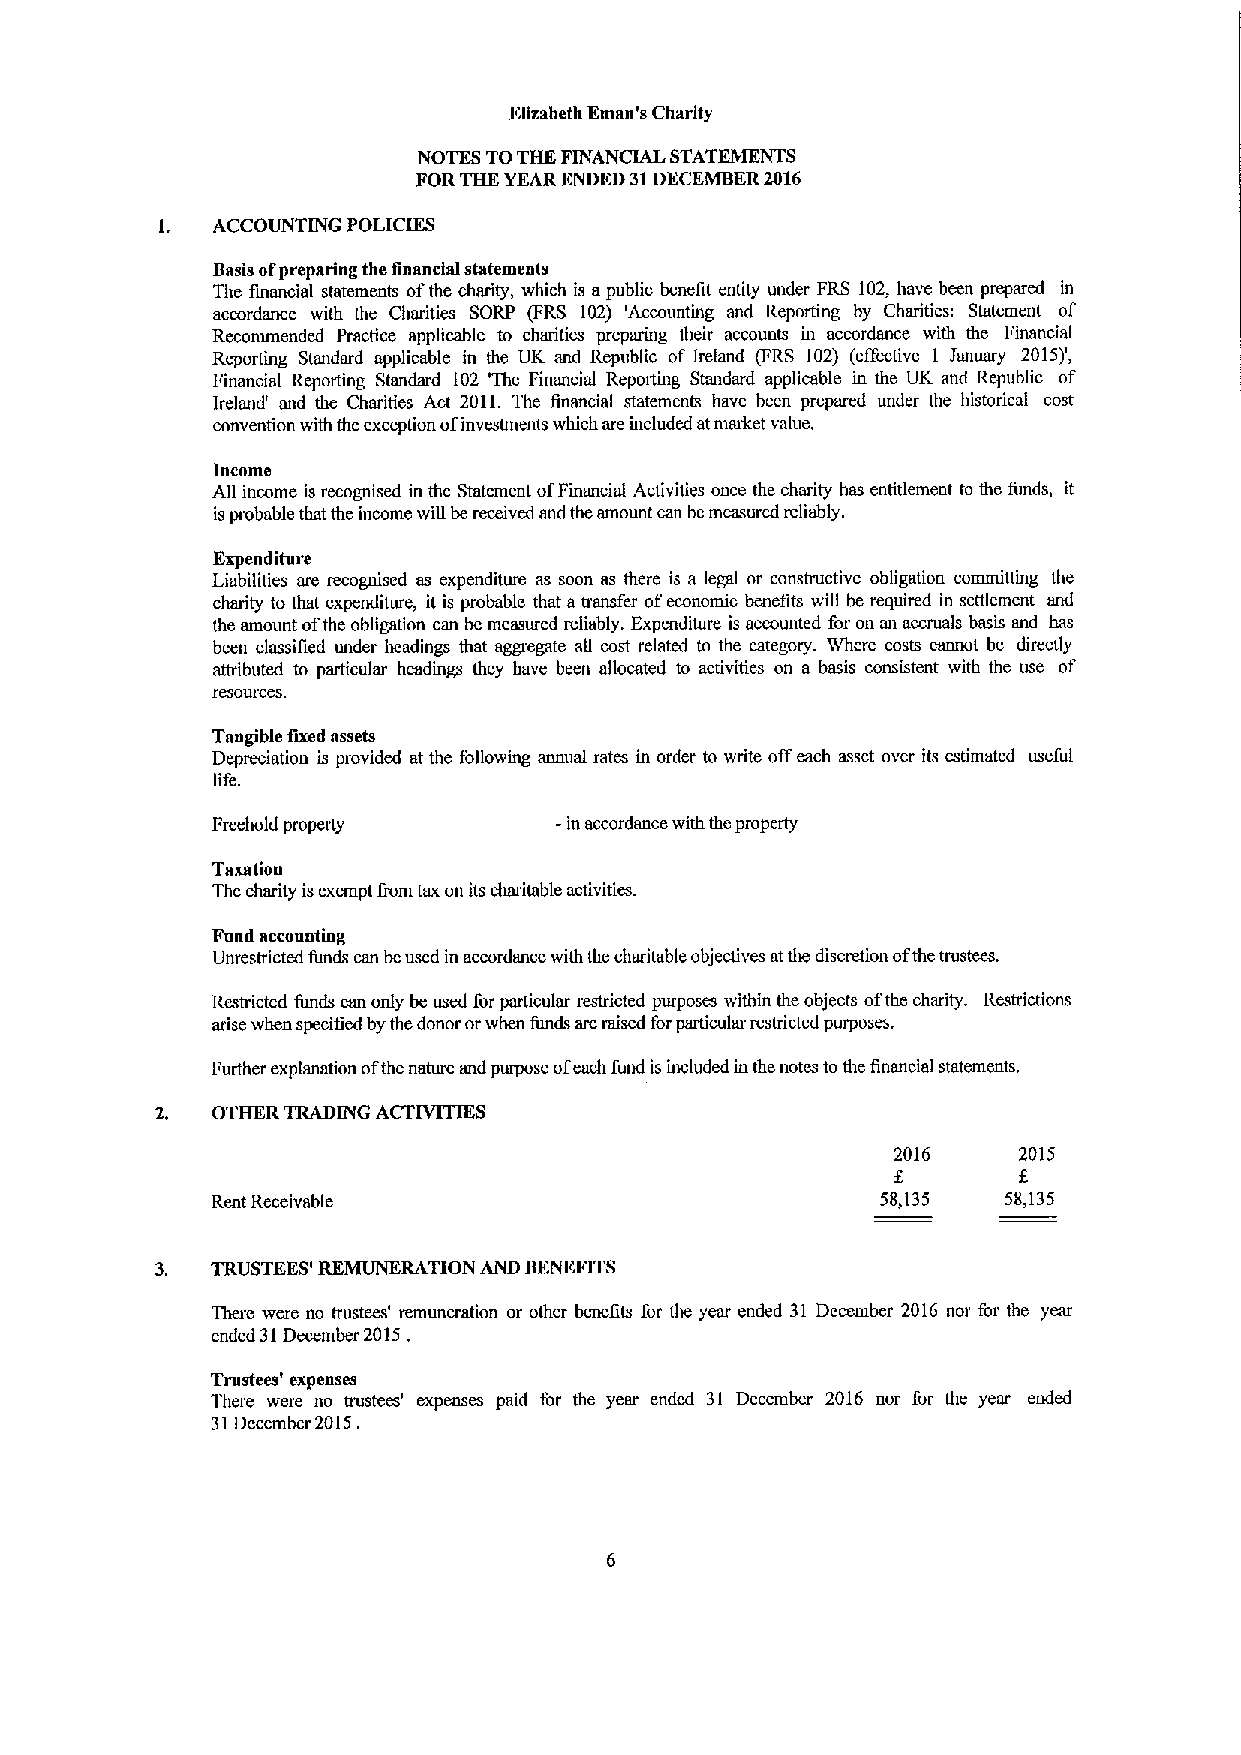
Elizabeth Eman's Charity
 NOTES TOTHK FINANCIAL STATEMENTS
 FORTHK YEAR ENDED 31DECEMBER2016
 1.  ACCOUNTING POLICIKS
 Basis ofpreparing the financial statements
 The financial statements ofthe charity, which is apublic benefit entity under FRS 102, have been prepared in
 accordance with the Charities SORP (FRS 102) 'Accounting and Reporting by Charities: Statement of
 Recommended Practice applicable to charities preparing their accounts in accordance with the Financial
 Reporting Standard applicable in the UK and Republic of Ireland (FRS 102) (effective 1 January 2015)',
 Financial Reporting Standard 102 "Ihe Financial Reporting Standard applicable in the UK and Republic of
 Ireland' and the Charities Act 2011. The financial statements have been prepared under the historical cost
 convention with the exception ofinvestments which are included atmarket value.
 Income
 All income is recognised in the Statement ofFinancial Activities once the charity has entitlement to the funds, it
 isprobable that the income will be received and the amount can be measured reliably.
 Expenditure
 Liabilities are recognised as expenditure as soon as there is a legal or constructive obligation committing the
 charity to that expenditure, it is probable that atransfer ofeconomic benefits will be required in settlement and
 the amount ofthe obligation can be measured reliably, Expenditure is accounted for on an accruals basis and has
 been classified under headings that aggregate all cost related to the category. Where costs cannot be directly
 attributed to particular headings they have been allocated to activities on a basis consistent with the use of
 Iesollrces.
 Taugible fixed assets
 Depreciation is provided at the following annual rates in order to write offeach asset over its estimated useful
 life.
 Freehold property       in accordance with the property
 Taxation
 The charity isexempt from tax on its charitable activities.
 Fund accountlllg
 Unrestricted funds can beused in accordance with the charitable objectives atthe discmtion ofthe trustees.
 Restricted funds can only be used &rparticular restricted purposes within the objects ofthe charity. Restrictions
 arise when specified by the donor orwhen funds are raised forparticular restricted purposes.
 Further explanation ofthe nature and purpose ofeach fund is included in the notes tothe financial statements.
 OTHER TRADING ACfIVITIES
 2016    2015
 f.
 Rent Receivable                             58,135  58,135
 3.  TRUSTEES' REMUNERATION AND BENEFITS
 There were no trustees' remuneration or other benefits for the year ended 31 December 2016 nor for the year
 ended 31December 2015,
 Trustees' expenses
 There were no trustees' expenses paid for the year ended 31 December 2016 nor for the year ended
 31December 2015.